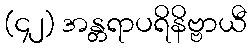
(၄၂) အန္တရာပရိနိဗ္ဗာယီ